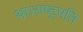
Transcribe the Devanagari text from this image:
था।राष्ट्रपति